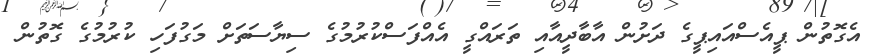
އެގޮތުން ޕީއެސްއައިޕީގެ ދަށުން އާބާދީއާއި ތަރައްގީ އެއްފަސްކުރުމުގެ ސިޔާސަތަށް މަގުފަހި ކުރުމުގެ ގޮތުން